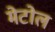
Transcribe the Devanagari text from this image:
मेटोल